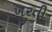
ખરતી